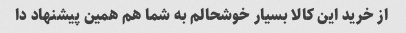
از خرید این کالا بسیار خوشحالم به شما هم همین پیشنهاد دا